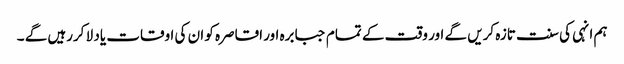
ہم انہی کی سنت تازہ کریں گے اور وقت کے تمام جبابرہ اور اقاصرہ کو ان کی اوقات یاد لا کررہیں گے ۔